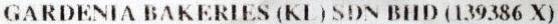
GARDENIA BAKERIES (KL) SDN BHD (139386 X)